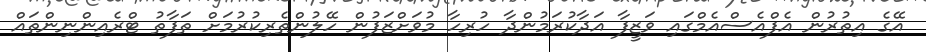
އޭގެ އިތުރުން އެފްއެސްއެމްގައި ވަޒީފާ އަދާކުރަމުންދާ ހުރިހާ މުވަށްޒަފުން ހޭލުންތެރިކުރުމަށް ތަފާތު ޓްރެއިންނިންތައް